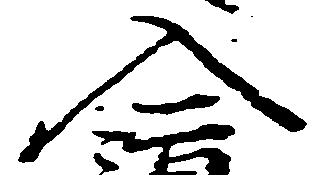
入